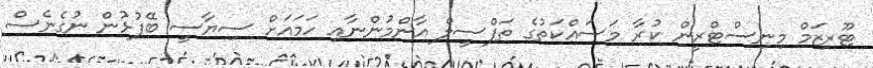
ޓޫރިޒަމް މިނިސްޓްރީން ކުރާ މަސައްކަތުގެ ތަފްސީލް އާންމުންނާއި ހަމައަށް ސިޔާސީ ބޭފުޅުން ނުގެނެސް